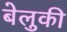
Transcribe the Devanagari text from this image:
बेलुकी